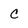
Character: C